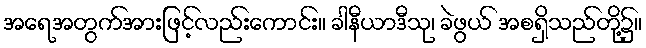
အရေအတွက်အားဖြင့်လည်းကောင်း။ ခါနီယာဒီသု၊ ခဲဖွယ် အစရှိသည်တို့၌။